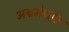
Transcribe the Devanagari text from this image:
अश्वमेधांत